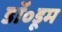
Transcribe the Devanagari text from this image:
डॉ॰डूम